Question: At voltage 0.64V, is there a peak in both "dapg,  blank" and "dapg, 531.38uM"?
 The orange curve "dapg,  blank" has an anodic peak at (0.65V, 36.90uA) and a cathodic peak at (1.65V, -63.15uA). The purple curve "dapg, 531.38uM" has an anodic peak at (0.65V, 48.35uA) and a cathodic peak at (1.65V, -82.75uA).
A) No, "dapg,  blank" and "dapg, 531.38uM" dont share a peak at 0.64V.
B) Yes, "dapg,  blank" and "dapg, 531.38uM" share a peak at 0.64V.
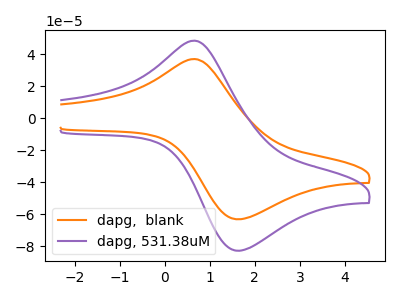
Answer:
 <answer>B) Yes, "dapg,  blank" and "dapg, 531.38uM" share a peak at 0.64V.</answer>
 <eval>B</eval>